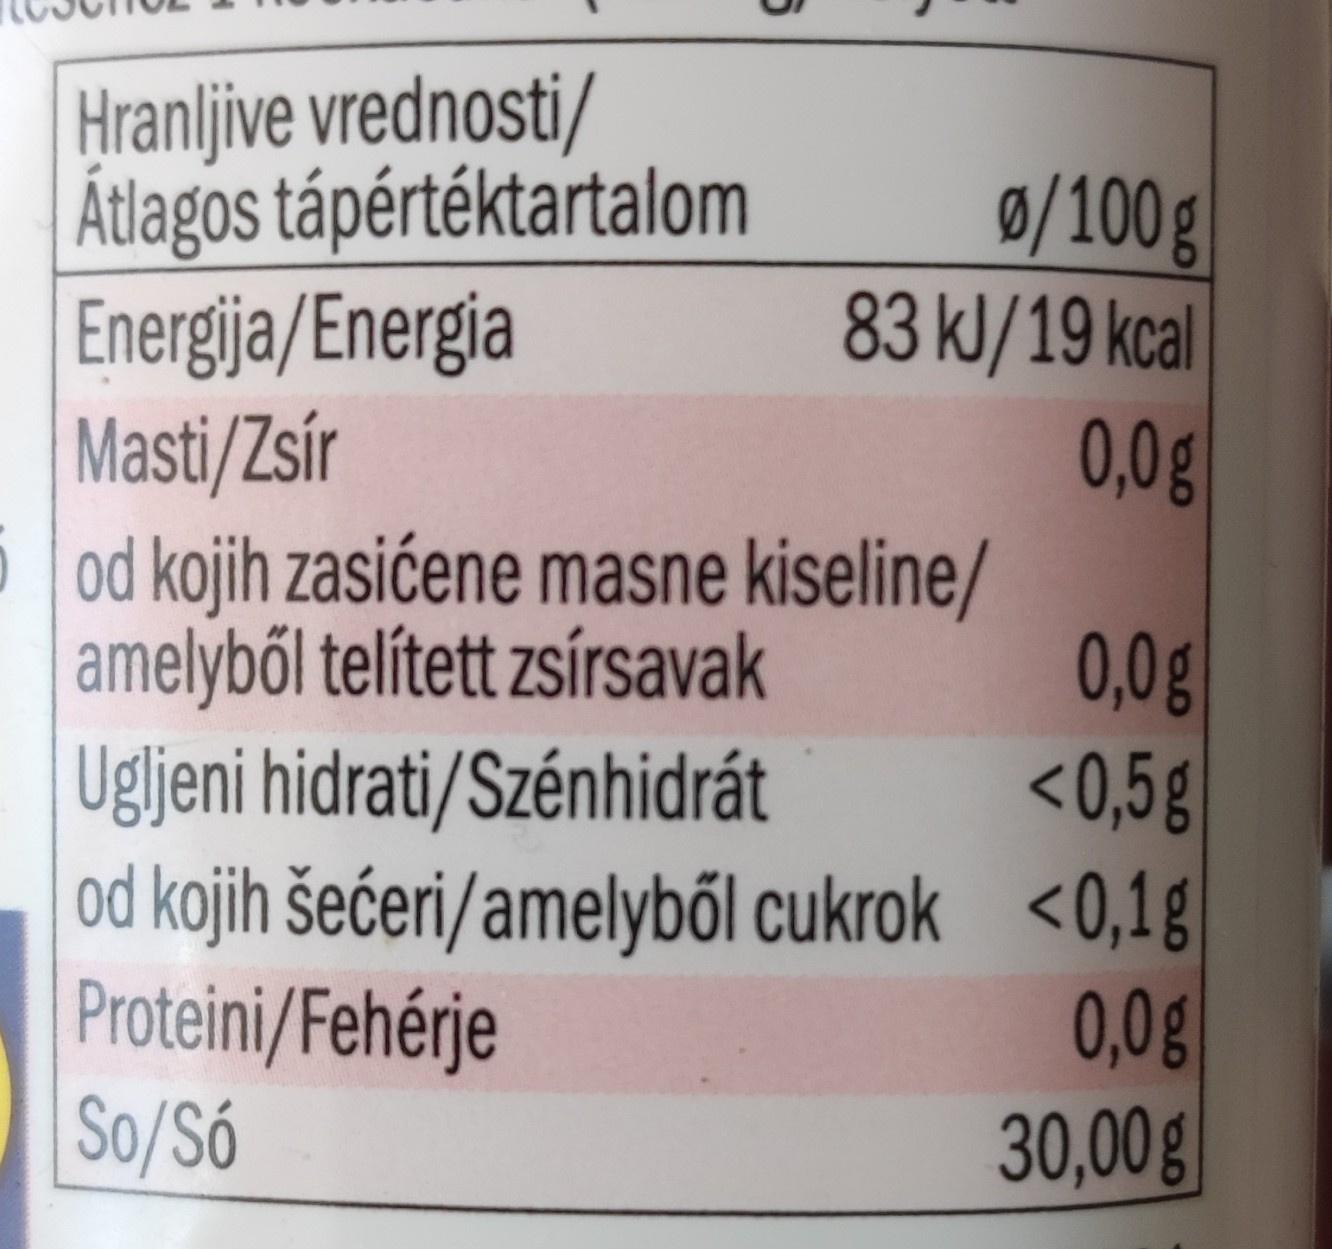
Hranljive vrednosti/
ø/100g 83 kJ/19 kcal 0,0g 5 od kojih zasićene masne kiseline/ 0,0g <0,5g od kojih šećeri/amelyből cukrok <0,1g 0,0g 30,00g
Átlagos tápértéktartalom
Energija/Energia Masti/Zsír
amelyből telített zsírsavak Ugljeni hidrati/Szénhidrát
Proteini/Fehérje So/Só